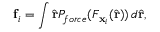
\mathbf { f } _ { i } = \int \hat { \mathbf { r } } P _ { f o r c e } ( F _ { \mathbf { x } _ { i } } ( \hat { \mathbf { r } } ) ) \, d \hat { \mathbf { r } } ,